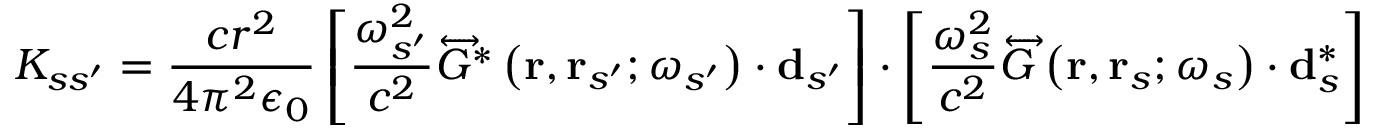
K _ { s s ^ { \prime } } = \frac { c r ^ { 2 } } { 4 \pi ^ { 2 } \epsilon _ { 0 } } \left[ \frac { \omega _ { s ^ { \prime } } ^ { 2 } } { c ^ { 2 } } \overleftrightarrow { G } ^ { * } \left( \mathbf { r } , \mathbf { r } _ { s ^ { \prime } } ; \omega _ { s ^ { \prime } } \right) \cdot \mathbf { d } _ { s ^ { \prime } } \right] \cdot \left[ \frac { \omega _ { s } ^ { 2 } } { c ^ { 2 } } \overleftrightarrow { G } \left( \mathbf { r } , \mathbf { r } _ { s } ; \omega _ { s } \right) \cdot \mathbf { d } _ { s } ^ { * } \right]